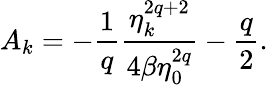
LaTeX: A_{k}=-\frac{1}{q}\frac{\eta_{k}^{2q+2}}{4\beta\eta_{0}^{2q}}-\frac{q}{2}.